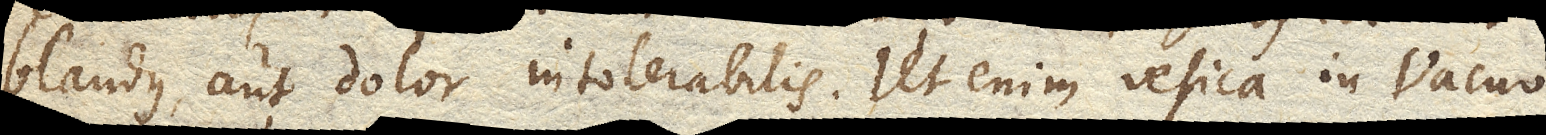
blandus, aut dolor intolerabilis. Ut enim vesica in Vacuo